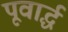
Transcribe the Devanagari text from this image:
पूवार्द्ध